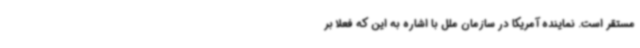
مستقر است. نماینده آمریکا در سازمان ملل با اشاره به این که فعلا بر